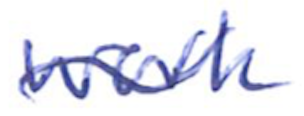
Text: work
Cross-out: wave
Writing tool: ballpoint